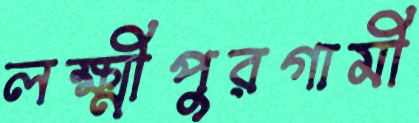
লক্ষ্মীপুরগামী